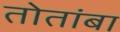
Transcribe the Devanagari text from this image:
तोतांबा